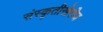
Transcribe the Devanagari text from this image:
संस्कृतीखेरीज